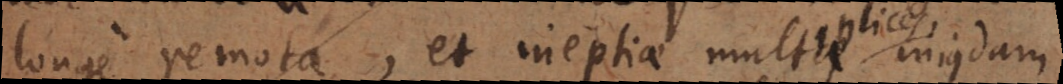
longe remota, et ineptiae multiplices cujusdam